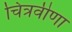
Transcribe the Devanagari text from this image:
चित्रवीणा